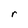
Character: r